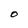
Character: O